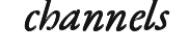
channels